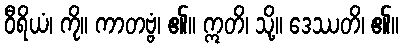
ဝီရိယံ၊ ကို။ ကာတဗ္ဗံ၊ ၏။ ဣတိ၊ သို့။ ဒေဿတိ၊ ၏။